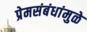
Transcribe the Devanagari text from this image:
प्रेमसंबंधांमुळे